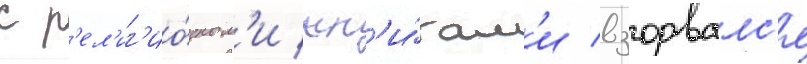
с р'ел'иг'ио́зным'и кн'и́гам'и взорвалс'я